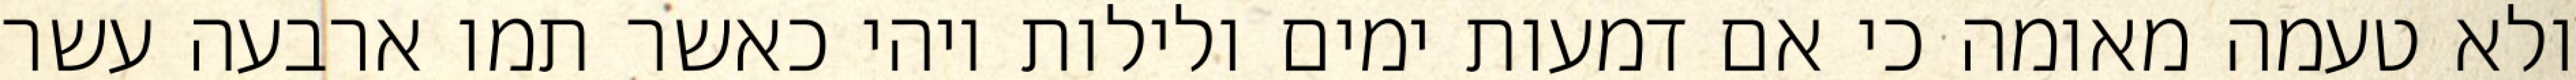
ולא טעמה מאומה כי אם דמעות ימים ולילות ויהי כאשר תמו ארבעה עשר